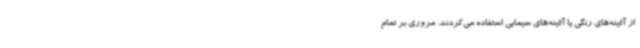
از آئینه‌های رنگی یا آئینه‌های سیمابی استفاده می‌کردند. مروری بر تمام